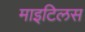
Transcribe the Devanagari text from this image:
माइटिलस